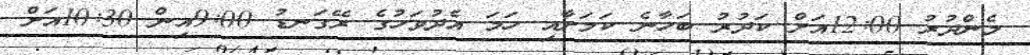
މެންދުރު 12:00އަށް ކަދުރު ބަހާނެ ކަމަށާއި ހަމަ އެދުވަހުގެ ރޭގަނޑު 9:00އިން 10:30އަށް